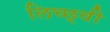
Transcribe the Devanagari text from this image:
लिच्छ्वी